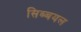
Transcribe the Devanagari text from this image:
सिब्बयल